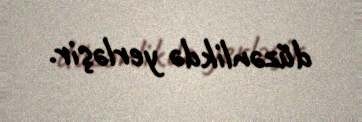
düzənlikdə yerləşir.